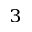
^ 3